画像に写った文字を読んでください
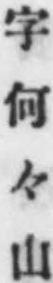
「字何々山」と書いてあります